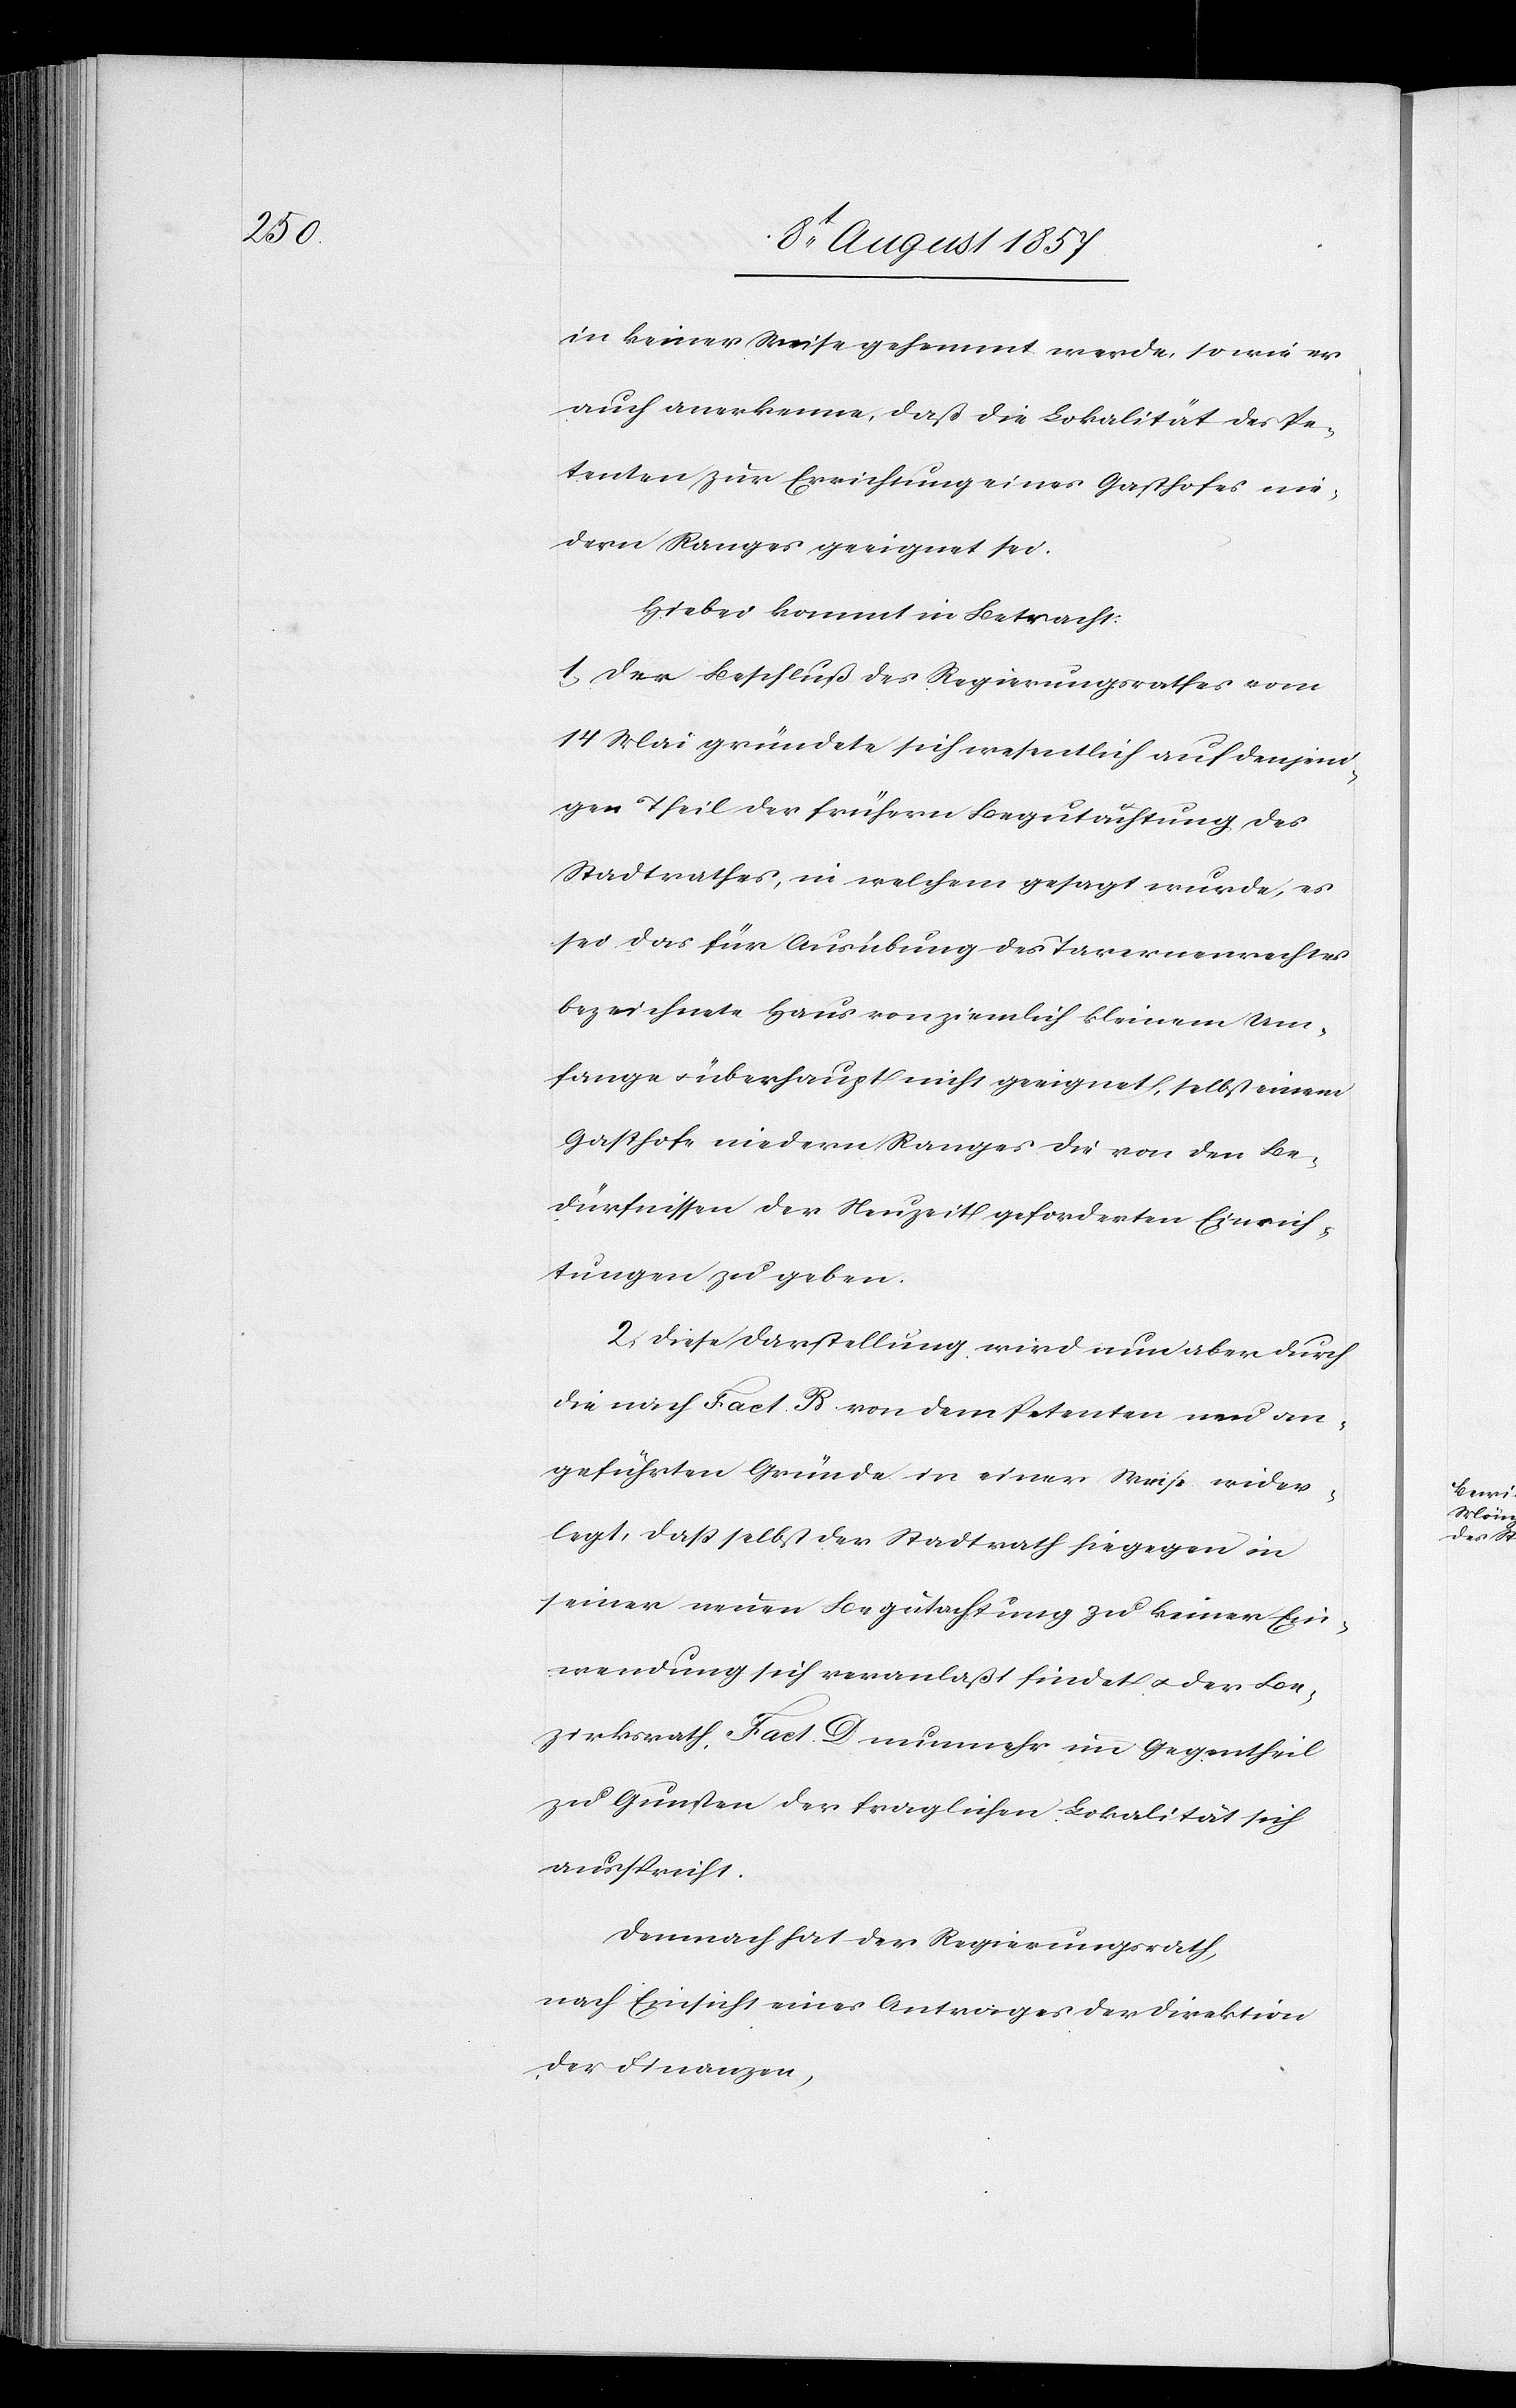
in keiner Weise gehemmt werde, so wie er
auch anerkenne, daß die Lokalität des Pe¬
tenten zur Errichtung eines Gasthofes nie¬
dern Ranges geeignet sei.
Hiebei kommt in Betracht:
1. Der Beschluß des Regierungsrathes vom
14 Mai gründete sich wesentlich auf denjeni¬
gen Theil der frühern Begutachtung des
Stadtrathes, in welchem gesagt wurde, es
sei das für Ausübung des Tavernenrechtes
bezeichnete Haus von ziemlich kleinem Um¬
fange überhaupt nicht geeignet, selbst einem
Gasthofe niedern Ranges die von den Be¬
dürfnissen der Neuzeit geforderten Einrich¬
tungen zu geben.
2. Diese Darstellung wird nun aber durch
die nach Fact. B von dem Petenten neu an¬
geführten Gründe in einer Weise wider¬
legt, daß selbst der Stadtrath hiegegen in
seiner neuen Begutachtung zu keiner Ein¬
wendung sich veranlaßt findet & der Be¬
zirksrath Fact D nunmehr im Gegentheil
zu Gunsten der fraglichen Lokalität sich
ausspricht.
Demnach hat der Regierungsrath,
nach Einsicht eines Antrages der Direktion
der Finanzen,